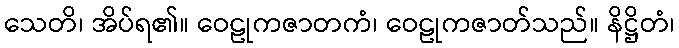
သေတိ၊ အိပ်ရ၏။ ဝေဠုကဇာတကံ၊ ဝေဠုကဇာတ်သည်။ နိဋ္ဌိတံ၊